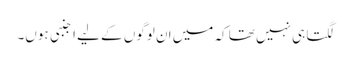
لگتا ہی نہیں تھا کہ میں ان لوگوں کے لیے اجنبی ہوں۔